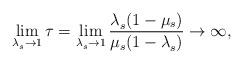
LaTeX: \begin{align*}\lim\limits_{\lambda_s^{} \to 1} \tau=\lim\limits_{\lambda_s^{} \to 1}\frac{\lambda_s^{}(1-\mu_s)}{\mu_s(1-\lambda_s^{})} \to \infty, \end{align*}